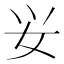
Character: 𰋷